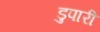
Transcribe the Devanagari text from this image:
डुपारी